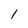
Character: l